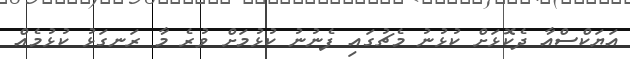
އަޔަކްސްއާ ދެކޮޅަށް ކުޅުނު މެޗުގައި ފެނުނު ކުޅުމަށް ވުރެ މާ ރަނގަޅު ކުޅުމެއް